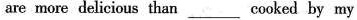
are more delicious than ___ cooked by my